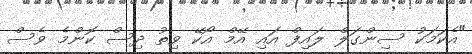
"އެކަމަކު ސިންގަލް ލައިފް އައި އޭމް އޯކޭ ވިތު ދިސް ކޮންމެ ވެސް